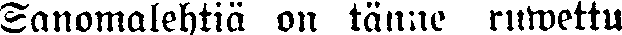
sanomalehtiä on tänne ruwettu